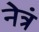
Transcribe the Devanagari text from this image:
नेत्रं